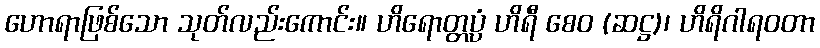
ဟောရာဖြစ်သော သုတ်လည်းကောင်း။ ဟိရောတ္တပ္ပံ ဟိရီ စေဝ (ဆဋ္ဌ)၊ ဟိရိဂါရဝတာ